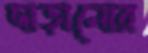
দাড়ানোর